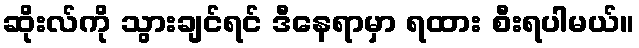
ဆိုးလ်ကို သွားချင်ရင် ဒီနေရာမှာ ရထား စီးရပါမယ်။